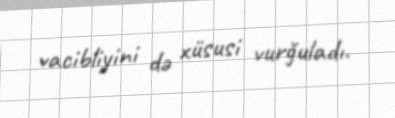
vacibliyini də xüsusi vurğuladı.